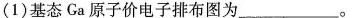
(1)基态Ga原子价电子排布图为______。